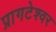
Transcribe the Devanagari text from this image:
प्रागटेश्वर